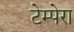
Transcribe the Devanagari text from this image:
टेम्पेरा